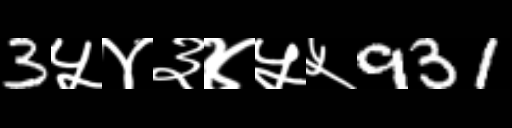
Text: 3५४३४५५931